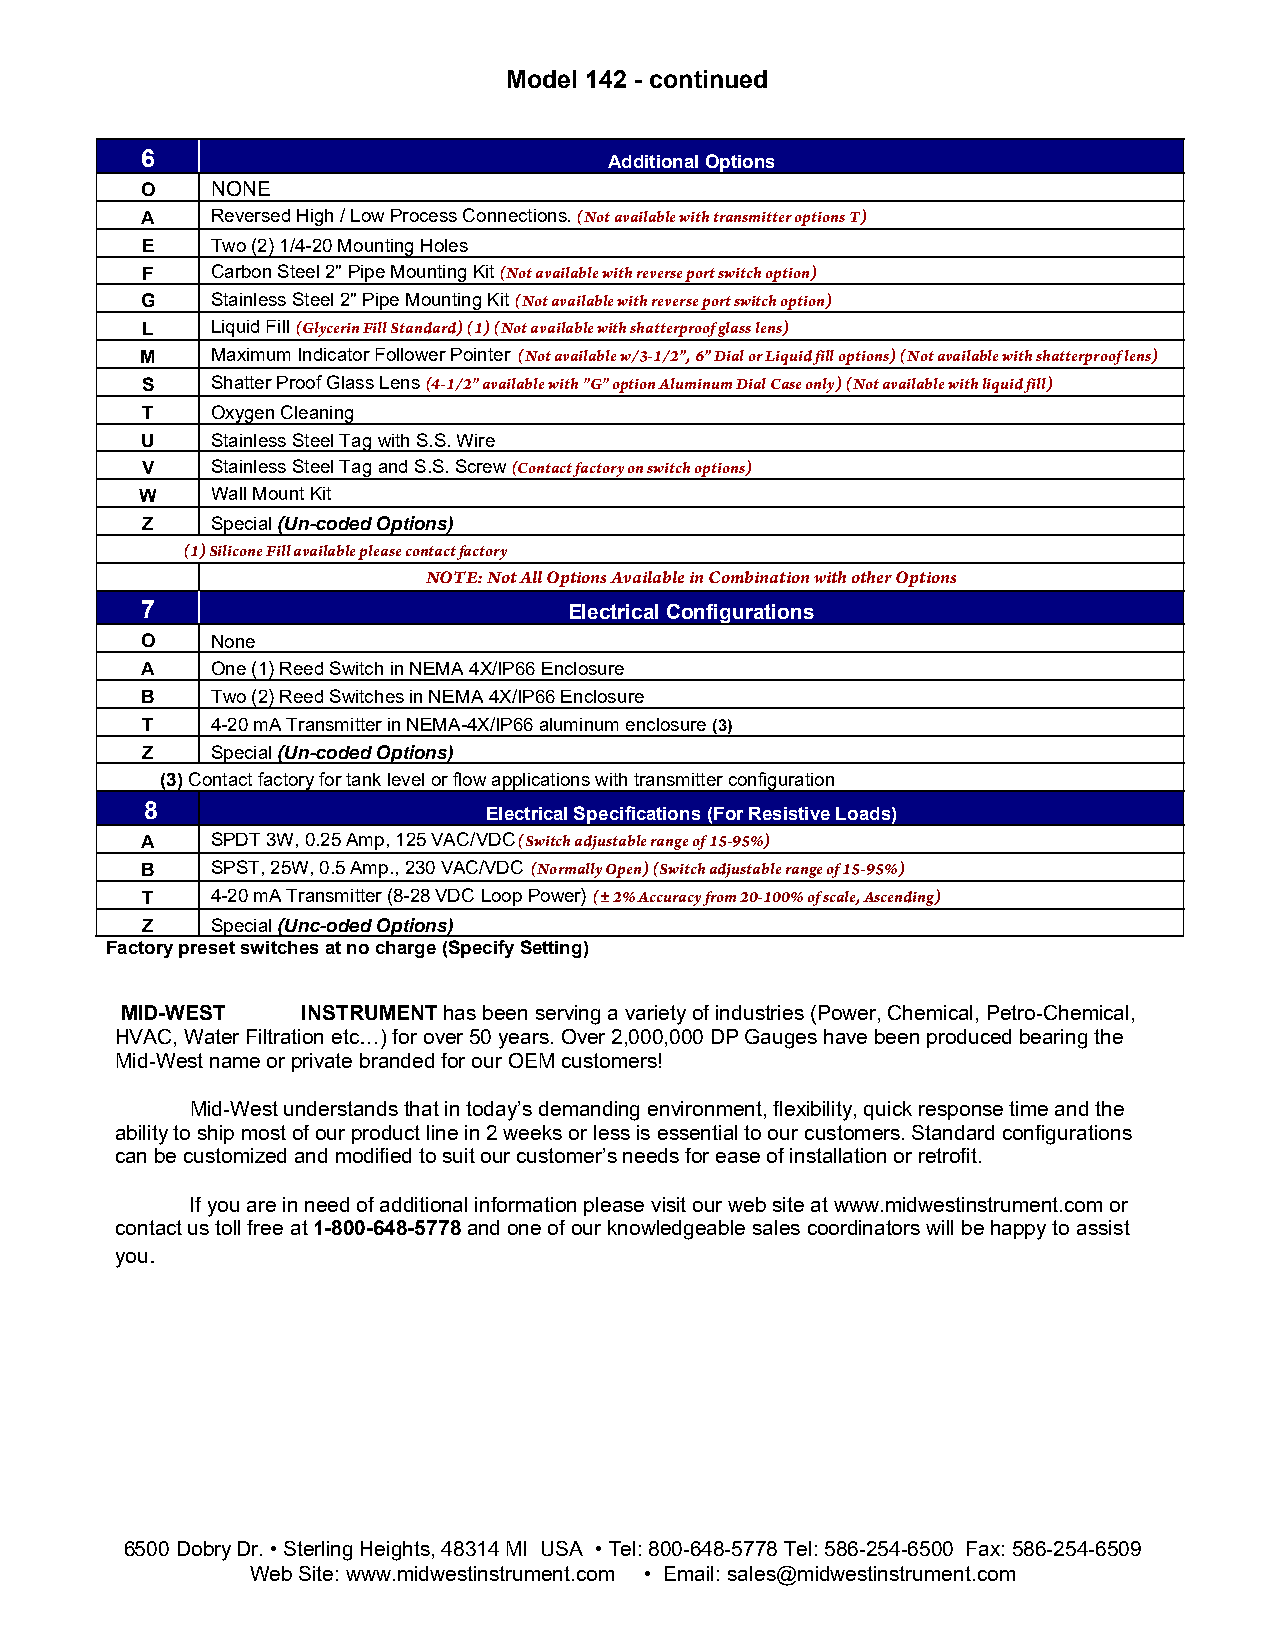
Model 142 - continued
 6                              Additional Options
 O    NONE
 A    Reversed High / Low Process Connections. (Not available with transmitter options T)
 E    Two (2) 1/4-20 Mounting Holes
 F    Carbon Steel 2" Pipe Mounting Kit (Not available with reverse port switch option)
 G    Stainless Steel 2" Pipe Mounting Kit (Not available with reverse port switch option)
 L    Liquid Fill (Glycerin Fill Standard) (1) (Not available with shatterproof glass lens)
 M    Maximum Indicator Follower Pointer (Not available w/3-1/2”, 6” Dial or Liquid fill options) (Not available with shatterproof lens)
 S    Shatter Proof Glass Lens (4-1/2" available with "G" option Aluminum Dial Case only) (Not available with liquid fill)
 T    Oxygen Cleaning
 U    Stainless Steel Tag with S.S. Wire
 V    Stainless Steel Tag and S.S. Screw (Contact factory on switch options)
 W    Wall Mount Kit
 Z    Special (Un-coded Options)
 (1) Silicone Fill available please contact factory
 NOTE: Not All Options Available in Combination with other Options
 7                            Electrical Configurations
 O    None
 A    One (1) Reed Switch in NEMA 4X/IP66 Enclosure
 B    Two (2) Reed Switches in NEMA 4X/IP66 Enclosure
 T    4-20 mA Transmitter in NEMA-4X/IP66 aluminum enclosure (3)
 Z    Special (Un-coded Options)
 (3) Contact factory for tank level or flow applications with transmitter configuration
 8                     Electrical Specifications (For Resistive Loads)
 A    SPDT 3W, 0.25 Amp, 125 VAC/VDC (Switch adjustable range of 15-95%)
 B    SPST, 25W, 0.5 Amp., 230 VAC/VDC (Normally Open) (Switch adjustable range of 15-95%)
 T    4-20 mA Transmitter (8-28 VDC Loop Power) (± 2% Accuracy from 20-100% of scale, Ascending)
 Z    Special (Unc-oded Options)
 Factory preset switches at no charge (Specify Setting)
 MID-WEST    INSTRUMENT has been serving a variety of industries (Power, Chemical, Petro-Chemical,
 HVAC, Water Filtration etc…) for over 50 years. Over 2,000,000 DP Gauges have been produced bearing the
 Mid-West name or private branded for our OEM customers!
 Mid-West understands that in today’s demanding environment, flexibility, quick response time and the
 ability to ship most of our product line in 2 weeks or less is essential to our customers. Standard configurations
 can be customized and modified to suit our customer’s needs for ease of installation or retrofit.
 If you are in need of additional information please visit our web site at www.midwestinstrument.com or
 contact us toll free at 1-800-648-5778 and one of our knowledgeable sales coordinators will be happy to assist
 you.
 6500 Dobry Dr. • Sterling Heights, 48314 MI USA • Tel: 800-648-5778 Tel: 586-254-6500 Fax: 586-254-6509
 Web Site: www.midwestinstrument.com • Email: sales@midwestinstrument.com